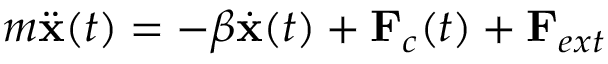
m \ddot { { \bf x } } ( t ) = - \beta \dot { { \bf x } } ( t ) + { \bf F } _ { c } ( t ) + { \bf F } _ { e x t }